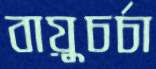
বায়ুচর্চা